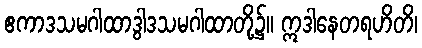
ဧကာဒသမဂါထာဒွါဒသမဂါထာတို့၌။ ဣဒါနေတရဟိတိ၊